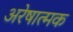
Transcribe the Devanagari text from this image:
अरेषात्मक